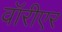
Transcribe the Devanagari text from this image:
वॉरीएर